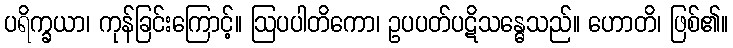
ပရိက္ခယာ၊ ကုန်ခြင်းကြောင့်။ ဩပပါတိကော၊ ဥပပတ်ပဋိသန္ဓေသည်။ ဟောတိ၊ ဖြစ်၏။